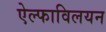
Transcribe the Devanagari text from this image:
ऐल्फाविलयन